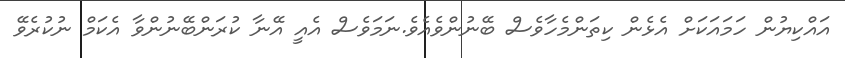
އައްކިޔުން ހަމައަކަށް އެޅެން ކިތަންމެހާވެސް ބޭނުންވެއެވެ.ނަމަވެސް އެއީ އޭނާ ކުރަންބޭނުންވާ އެކަމް ނުކުރެވޭ